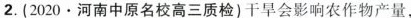
2.(2020.河南中原名校高三质检)干旱会影响农作物产量，